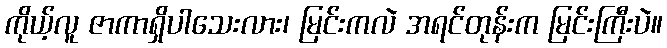
ကိုယ့်လူ ဇာကာရှိပါသေးလား၊ မြင်းကလဲ အရင်တုန်းက မြင်းကြီးပဲ။